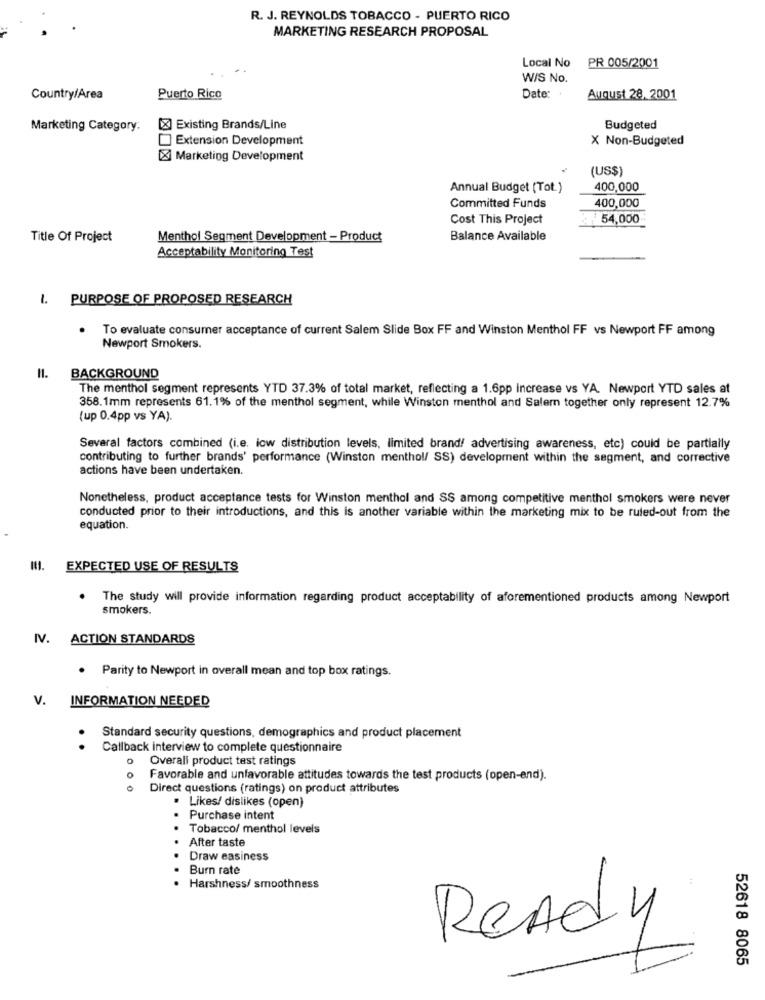
R. J. REYNOLDS TOBACCO - PUERTO RICO
MARKETING RESEARCH PROPOSAL
Local No
PR 005/2001
W/S No.
Country/Area
Puerto Rico
Date:
August 28, 2001
Marketing Category.
[X] Existing Brands/Line
Budgeted
Extension Development
X Non-Budgeted
[X Marketing Development
(US$)
Annual Budget (Tot.)
400,000
400,000
Committed Funds
Cost This Project
54,000
Title Of Project
Menthol Segment Development - Product
Balance Available
Acceptability Monitoring Test
1. PURPOSE OF PROPOSED RESEARCH
To evaluate consumer acceptance of current Salem Slide Box FF and Winston Menthol FF vs Newport FF among
Newport Smokers.
II. BACKGROUND
The menthol segment represents YTD 37.3% of total market, reflecting a 1.6pp increase vs YA. Newport YTD sales at
358.1mm represents 61.1% of the menthol segment, while Winston menthol and Salern together only represent 12.7%
(up 0.4pp vs YA).
Several factors combined (i.e. low distribution levels, limited brand/ advertising awareness, etc) could be partially
contributing to further brands' performance (Winston menthol/ SS) development within the segment, and corrective
actions have been undertaken.
Nonetheless, product acceptance tests for Winston menthol and SS among competitive menthol smokers were never
conducted prior to their introductions, and this is another variable within the marketing mix to be ruled-out from the
equation.
EXPECTED USE OF RESULTS
.
The study will provide information regarding product acceptability of aforementioned products among Newport
smokers.
IV. ACTION STANDARDS
. Parity to Newport in overall mean and top box ratings.
V. INFORMATION NEEDED
Standard security questions, demographics and product placement
Callback interview to complete questionnaire
o Overali product test ratings
Favorable and unfavorable attitudes towards the test products (open-end).
000
Direct questions (ratings) on product attributes
· Likes/ dislikes (open)
Purchase intent
Tobacco/ menthol levels
After taste
Draw easiness
Burn rate
Harshness/ smoothness
Ready
52618 8065